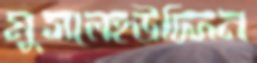
মুসলেহউদ্দিন